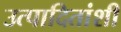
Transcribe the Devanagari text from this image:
उत्पादितांशी